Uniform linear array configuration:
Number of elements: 64
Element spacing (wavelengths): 0.75
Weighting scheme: kaiser
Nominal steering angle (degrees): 60
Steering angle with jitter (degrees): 61.614
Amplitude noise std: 0.05
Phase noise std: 0.05

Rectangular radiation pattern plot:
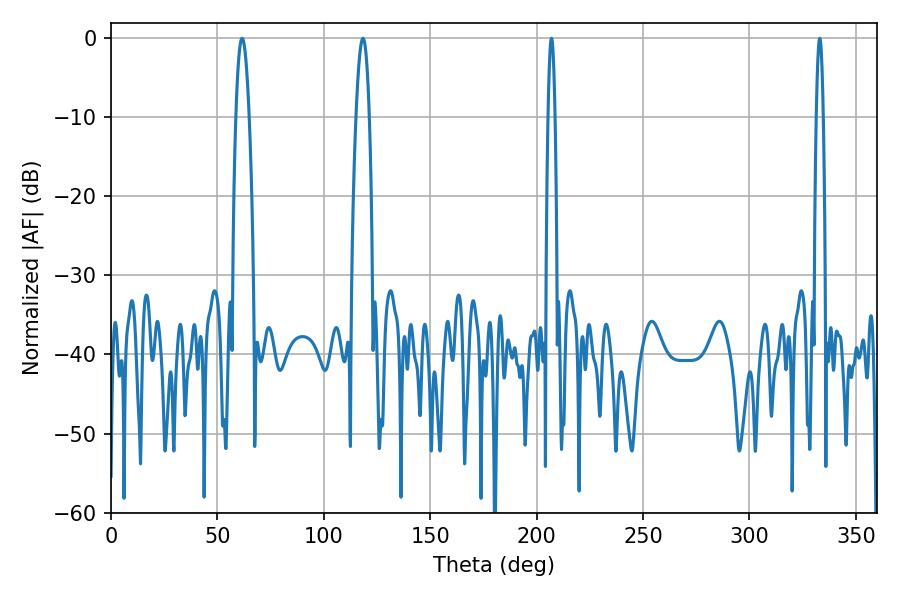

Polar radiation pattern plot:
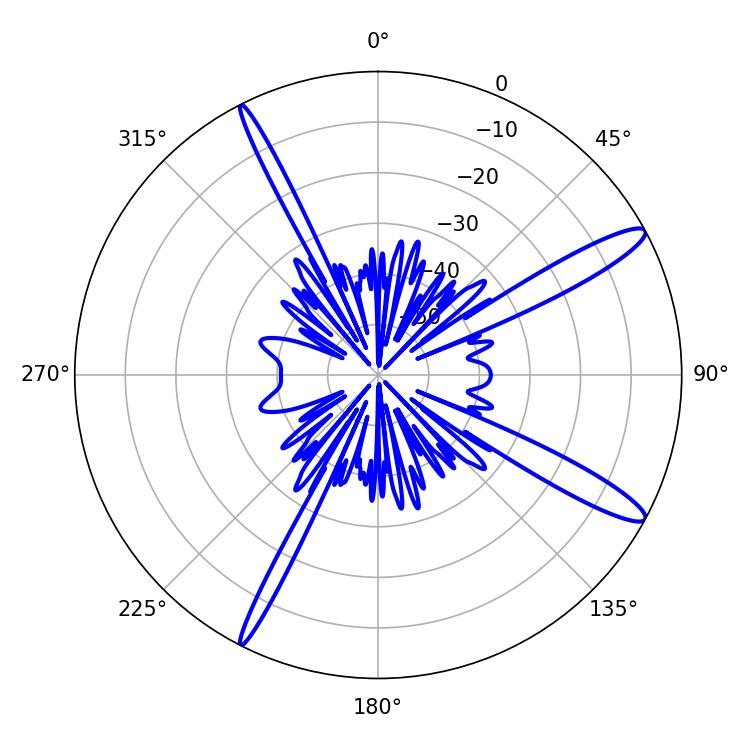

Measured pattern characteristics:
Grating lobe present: TRUE
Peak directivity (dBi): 13.798
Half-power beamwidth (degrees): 1.8
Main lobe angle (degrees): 207